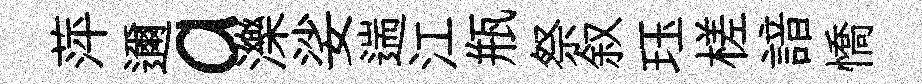
萍邇a濼娑遄江瓶祭叙珏槎諳憍